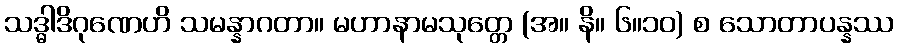
သဒ္ဓါဒိဂုဏေဟိ သမန္နာဂတာ။ မဟာနာမသုတ္တေ (အ။ နိ။ ၆။၁၀) စ သောတာပန္နဿ